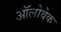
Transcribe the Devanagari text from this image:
ऑलोवेक